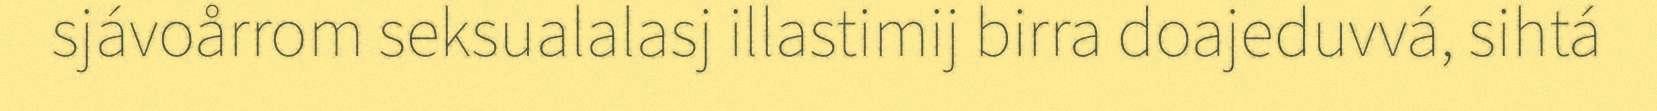
sjávoårrom seksualalasj illastimij birra doajeduvvá, sihtá